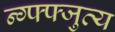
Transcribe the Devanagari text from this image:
न्ग्फ्फ्जुत्य